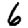
Digit: 6